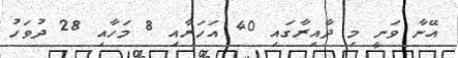
އޭނާ ވަނީ މި ދާއިރާގައި 40 އަހަރާއި 8 މަހާއި 28 ދުވަހު